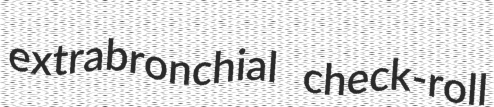
extrabronchial check-roll